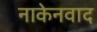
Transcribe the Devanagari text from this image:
नाकेनवाद